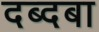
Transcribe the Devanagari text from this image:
दब्दबा